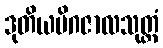
ဒုတိယမိဂဇာလသုတ္တံ